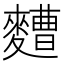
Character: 𮮁